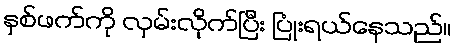
နှစ်ဖက်ကို လှမ်းလိုက်ပြီး ပြုံးရယ်နေသည်။